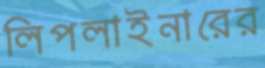
লিপলাইনারের